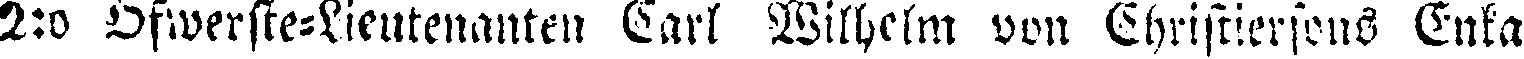
2:o Öfwerste-Lieutenanten Carl Wilhelm von Christerssons Enka